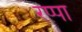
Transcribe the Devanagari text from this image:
रप्पा